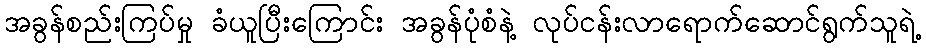
အခွန်စည်းကြပ်မှု ခံယူပြီးကြောင်း အခွန်ပုံစံနဲ့ လုပ်ငန်းလာရောက်ဆောင်ရွက်သူရဲ့